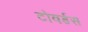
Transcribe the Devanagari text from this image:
टोवर्डस